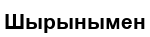
Шырынымен